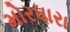
મોરધારા